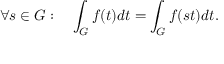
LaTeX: \forall s \in G : \quad \int _ { G } f ( t ) d t = \int _ { G } f ( s t ) d t .